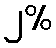
၂%